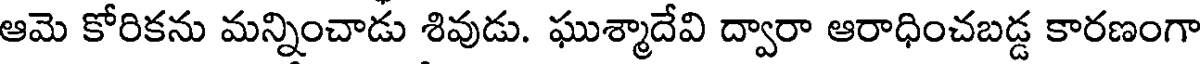
ఆమె కోరికను మన్నించాడు శివుడు. ఘుశ్మాదేవి ద్వారా ఆరాధించబడ్డ కారణంగా